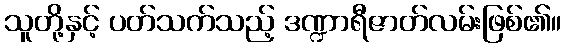
သူတို့နှင့် ပတ်သက်သည့် ဒဏ္ဍာရီဇာတ်လမ်းဖြစ်၏။